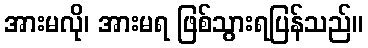
အားမလို၊ အားမရ ဖြစ်သွားရပြန်သည်။